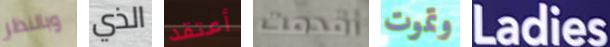
وبالنظر الذي أعتقد أقدمت وتموت Ladies